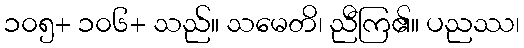
၁၀၅+ ၁၀၆+ သည်။ သမေတိ၊ ညီကြ၏။ ပညဿ၊